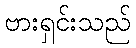
ဗားရှင်းသည်